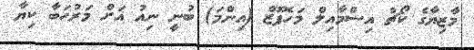
މާޒިޔާގެ ކޯޗު އިސްމާއިލް މަހެފޫޒް (އިންމަ) ބުނީ ނިއު އަށް މަރުހަބާ ކިޔާ